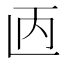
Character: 𫠥